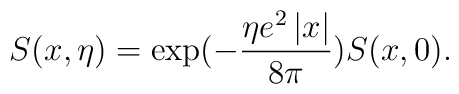
S(x,\eta)=\exp(-\frac{\eta e^{2}\left|  x\right|  }{8\pi})S(x,0).